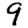
Digit: 9